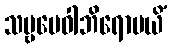
သဗ္ဗမေဝါဘိရောပယိံ